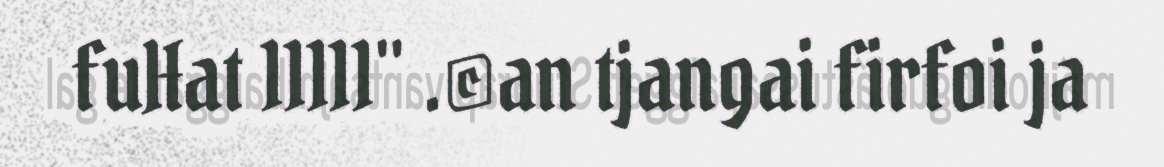
fuHat 11111" .©an tjangai firfoi ja